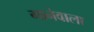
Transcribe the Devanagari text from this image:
गानेवाला